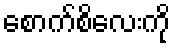
စောက်စိလေးကို